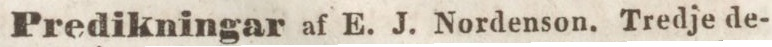
Predikningar af E. J. Nordenson. Tredje de-